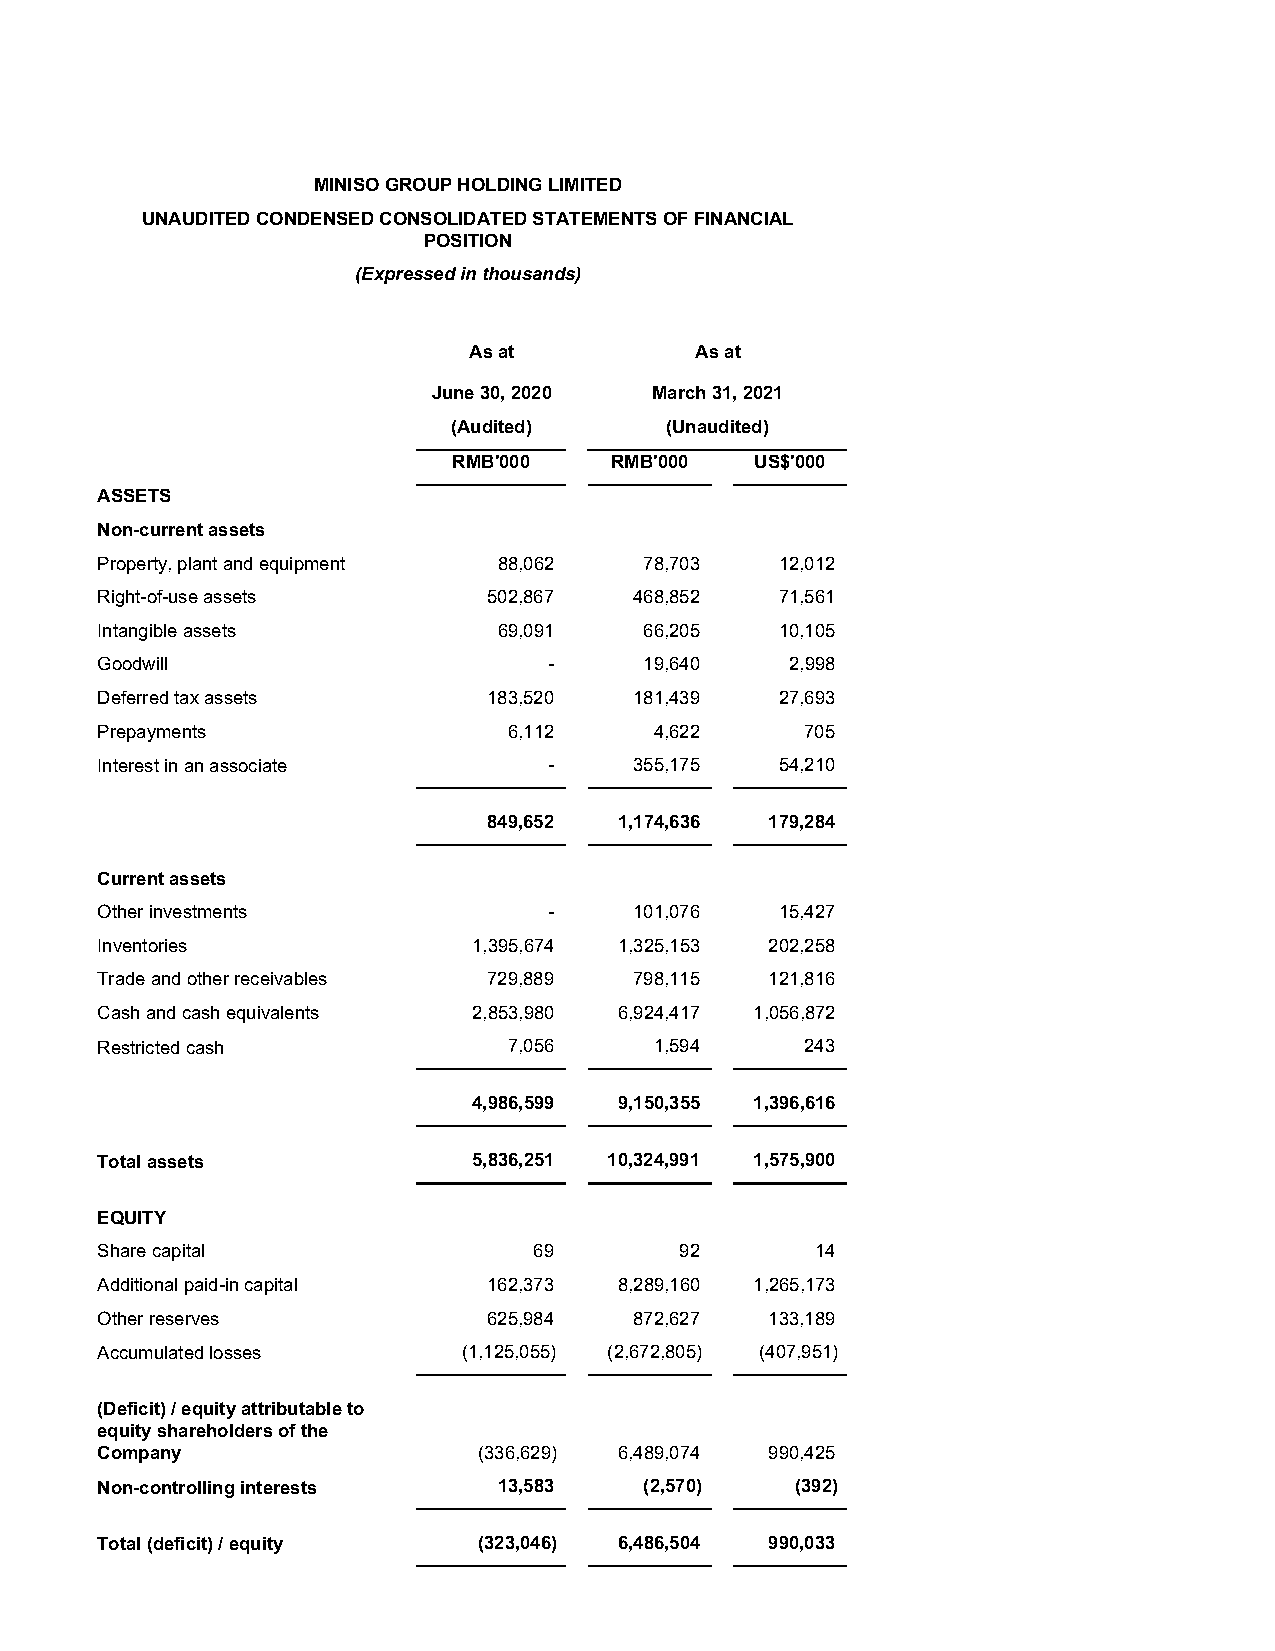
MINISO GROUP HOLDING LIMITED
 UNAUDITED CONDENSED CONSOLIDATED STATEMENTS OF FINANCIAL
 POSITION
 (Expressed in thousands)
 As at          As at
 June 30, 2020 March 31, 2021
 (Audited)     (Unaudited)
 RMB'000   RMB'000   US$'000
 ASSETS
 Non-current assets
 Property, plant and equipment 88,062 78,703   12,012
 Right-of-use assets       502,867   468,852   71,561
 Intangible assets          69,091    66,205   10,105
 Goodwill                      -      19,640   2,998
 Deferred tax assets       183,520   181,439   27,693
 Prepayments                 6,112    4,622     705
 Interest in an associate      -     355,175   54,210
 849,652  1,174,636 179,284
 Current assets
 Other investments             -     101,076   15,427
 Inventories              1,395,674 1,325,153 202,258
 Trade and other receivables 729,889 798,115  121,816
 Cash and cash equivalents 2,853,980 6,924,417 1,056,872
 Restricted cash             7,056    1,594     243
 4,986,599 9,150,355 1,396,616
 Total assets             5,836,251 10,324,991 1,575,900
 EQUITY
 Share capital                69        92       14
 Additional paid-in capital 162,373 8,289,160 1,265,173
 Other reserves            625,984   872,627  133,189
 Accumulated losses       (1,125,055) (2,672,805) (407,951)
 (Deficit) / equity attributable to
 equity shareholders of the
 Company                   (336,629) 6,489,074 990,425
 Non-controlling interests  13,583    (2,570)   (392)
 Total (deficit) / equity  (323,046) 6,486,504 990,033